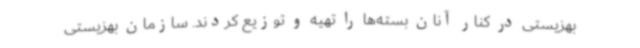
بهزیستی در کنار آنان بسته‌ها را تهیه و توزیع کردند. سازمان بهزیستی